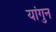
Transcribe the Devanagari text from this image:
यांगुन